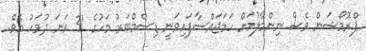
ޕްރޮމޯޝަން ވެސް ނިންމާލުމަށް ހަމަޖައްސާފައިވަނީ ޑިސެމްބަރު މަހުގެ 31 ވަނަ ދުވަހު އެވެ.